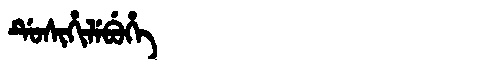
Manchu: ᡩᡠᠰᡳᡥᡳᠯᡝᠪᡠᡥᡝ
Romanization: DUSIHILEBUHE